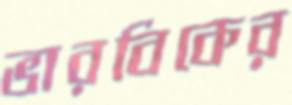
ভারবিকের